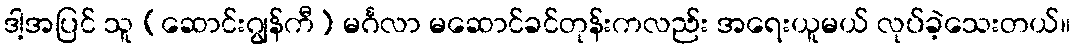
ဒါ့အပြင် သူ (ဆောင်းဂျွန်ကီ) မင်္ဂလာ မဆောင်ခင်တုန်းကလည်း အရေးယူမယ် လုပ်ခဲ့သေးတယ်။